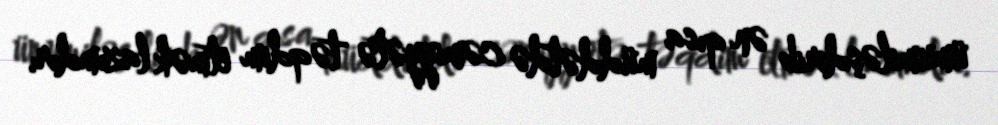
ümumiləşdirib ən qısa müddətdə cəmiyyətə təqdim etmək lazımdır.